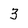
Character: 3